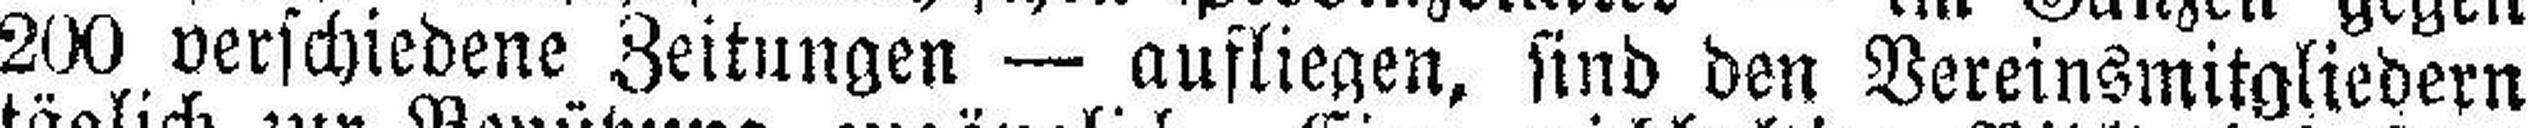
200 verschiedene Zeitungen — aufliegen, sind den Vereinsmitgliedern